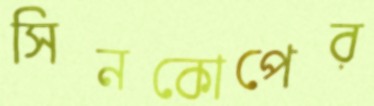
সিনকোপের